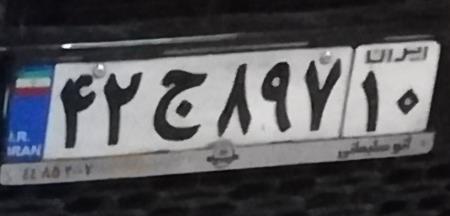
۴۲ج۸۹۷۱۰